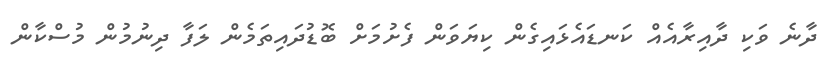
ދާނެ ވަކި ދާއިރާއެއް ކަނޑައެޅައިގެން ކިޔަވަން ފެށުމަށް ބޮޑުދައިތަމެން ލަފާ ދިނުމުން މުސްކާން